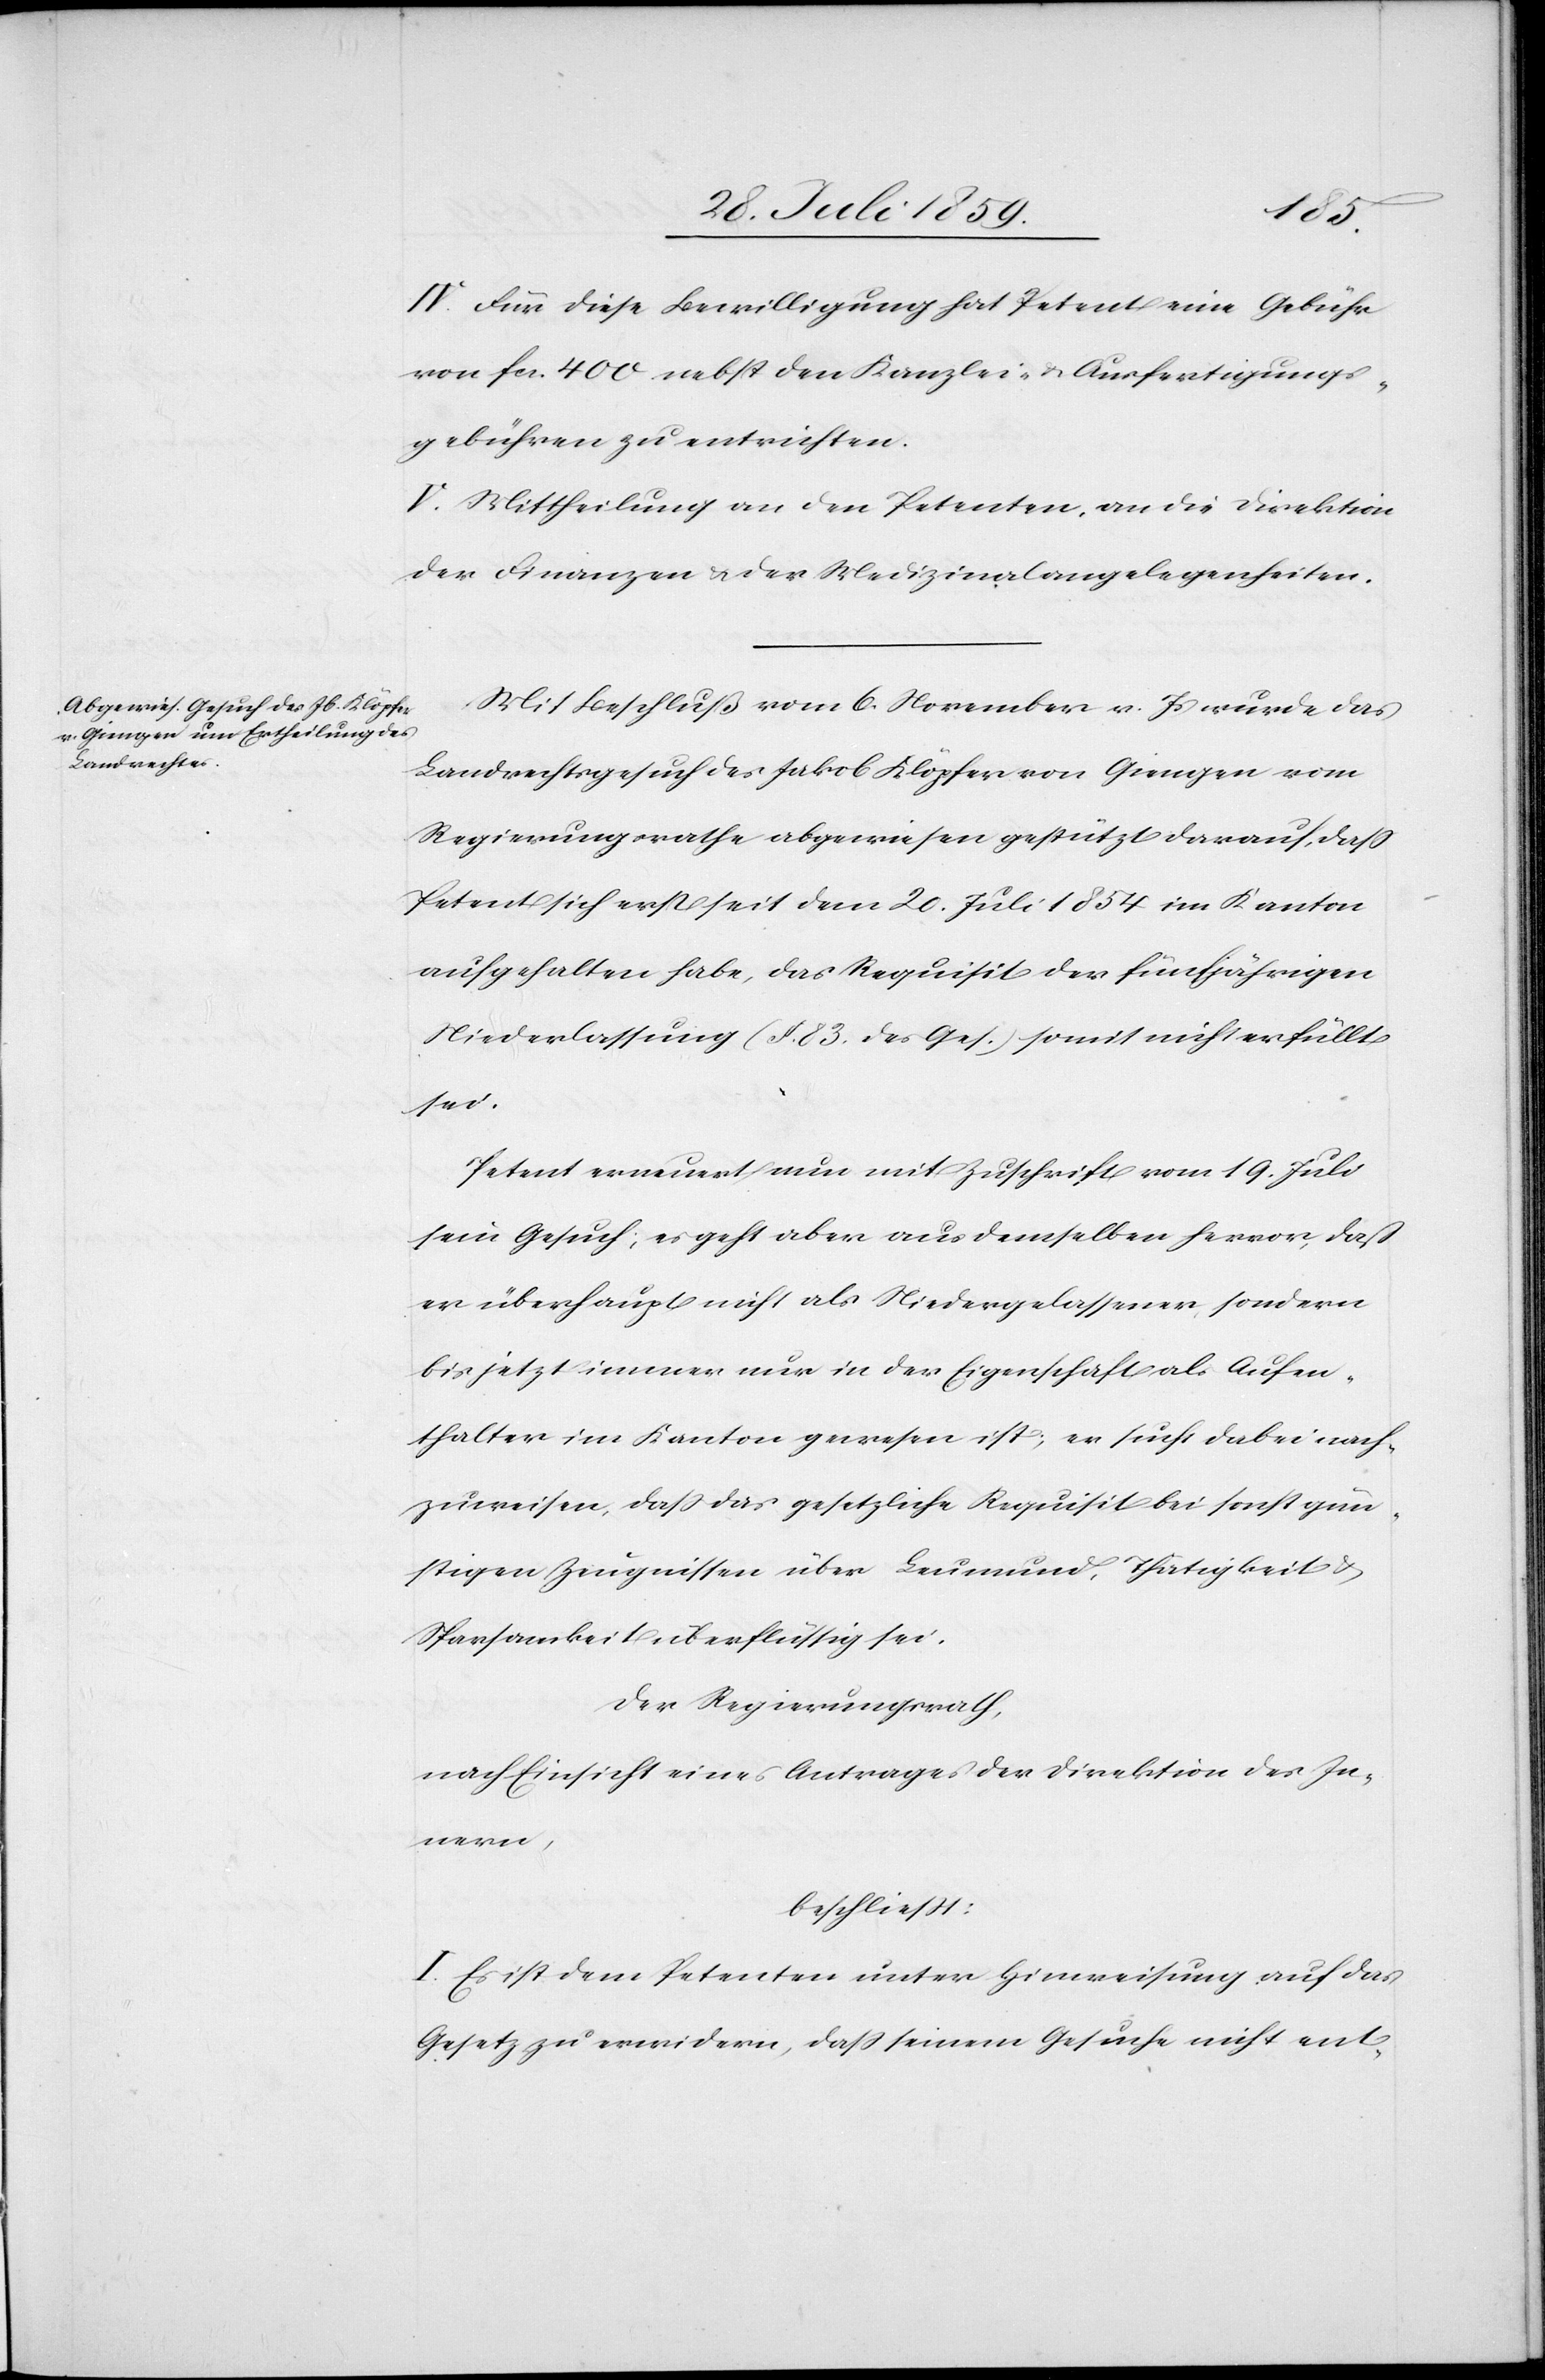
IV. Für diese Bewilligung hat Petent eine Gebühr
von fcs. 400 nebst den Kanzlei- u. Ausfertigungs¬
gebühren zu entrichten.
V. Mittheilung an den Petenten, an die Direktion
der Finanzen u. der Medizinalangelegenheiten.
Mit Beschluß vom 6. November v. Js. wurde das
Landrechtsgesuch des Jakob Klöpfer von Giengen vom
Regierungsrathe abgewiesen gestützt darauf, daß
Petent sich erst seit dem 20. Juli 1854 im Kanton
aufgehalten habe, das Requisit der fünfjährigen
Niederlassung (§. 83. des Ges.) somit nicht erfüllt
sei.
Petent erneuert nun mit Zuschrift vom 19. Juli
sein Gesuch; es geht aber aus demselben hervor, daß
er überhaupt nicht als Niedergelassener sondern
bis jetzt immer nur in der Eigenschaft als Aufen¬
thalter im Kanton gewesen ist; er sucht dabei nach¬
zuweisen, daß das gesetzliche Requisit bei sonst gün¬
stigen Zeugnissen über Leumund, Thätigkeit u.
Sparsamkeit überflüssig sei.
Der Regierungsrath,
nach Einsicht eines Antrages der Direktion des In¬
nern,
beschließt:
I. Es ist dem Petenten unter Hinweisung auf das
Gesetz zu erwiedern, daß seinem Gesuche nicht ent-